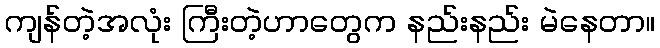
ကျန်တဲ့အလုံး ကြီးတဲ့ဟာတွေက နည်းနည်း မဲနေတာ။